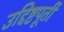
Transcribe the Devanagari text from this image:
उद्दिष्टपूर्ती